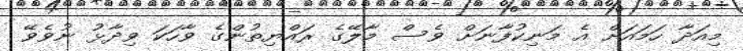
މިއަދާ ހަމައަށް އެ މަނިކުފާނަށް ވެސް މާލޭގެ ރައްޔިތުންގެ ވާހަކަ ވިދާޅު ނުވެވޭ